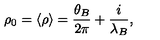
\rho _ { 0 } = \langle \rho \rangle = { \frac { \theta _ { B } } { 2 \pi } } + { \frac { i } { \lambda _ { B } } } ,